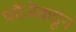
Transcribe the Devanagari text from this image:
फौजेकडून